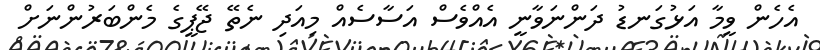
އެހެން ވީމާ އަޅުގަނޑު ދަންނަވާނީ އެއްވެސް އަސާސެއް މިއަދި ނެތޭ ޖޭޕީގެ މެންބަރުންނަށް